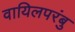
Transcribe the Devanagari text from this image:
वायिलपरंबु